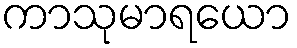
ကာသုမာရယော